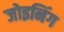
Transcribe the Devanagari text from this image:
जोइनिंग